Lunatic asylums Punjab 1881-1894 - 1881-1894
Year: 1881
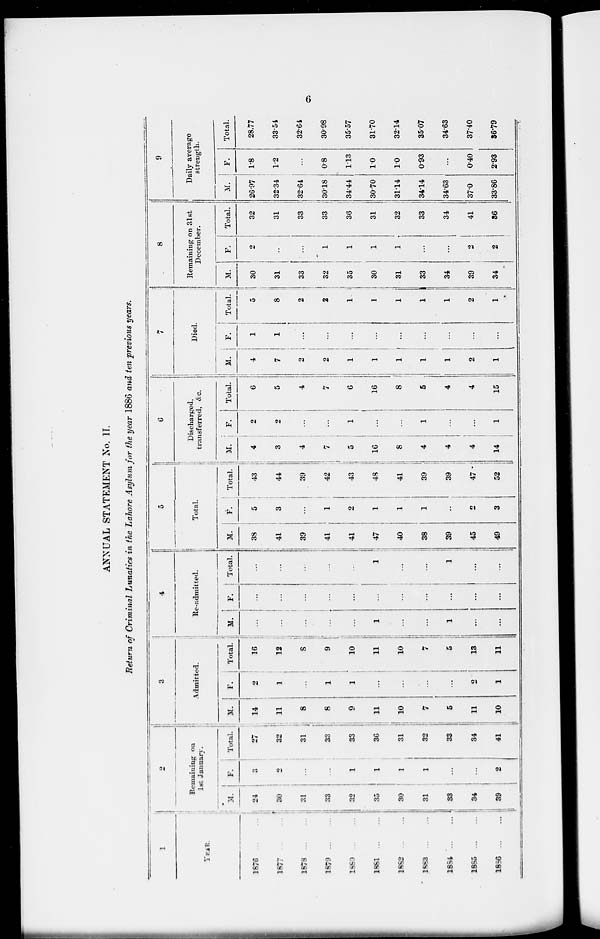
6
ANNUAL STATEMENT No. II.
Return of Criminal Lunatics in the Lahore Asylum for the year 1886 and ten previous years.
1
YEAR.
1876
...
...
1877
...
...
1878
...
...
1879
...
...
1880
...
...
1881 ... ...
1882
...
...
1883
...
...
1884
...
...
1885 ... ...
1886
...
...
2
Remaining on
1st Jaunary.
M.
24
30
31
33
32
35
30
31
33
34
39
F.
3
2
...
...
1
1
1
1
...
...
2
Total.
27
32
31
33
33
36
31
32
33
34
41
3
Admitted.
M.
14
11
8
8
9
11
10
7
5
11
10
F.
2
1
...
1
1
...
...
...
...
2
1
Total.
16
12
8
9
10
11
10
7
5
13
11
4
Re-admitted.
M.
...
...
...
...
...
1
...
...
1
...
...
F.
...
...
...
...
...
...
...
...
...
...
...
Total.
...
...
...
...
...
1
...
...
1
...
...
5
Total.
M.
38
41
39
41
41
47
40
38
39
45
49
F.
5
3
...
1
2
1
1
1
...
2
3
Total.
43
44
39
42
43
48
41
39
39
47
52
6
Discharged,
transferred, &c.
M.
4
3
4
7
5
16
8
4
4
4
14
F.
2
2
...
...
1
...
...
1
...
...
1
Total.
6
5
4
7
6
16
8
5
4
4
15
7
Died.
M.
4
7
2
2
1
1
1
1
1
2
1
F.
1
1
...
...
...
...
...
...
...
...
...
Total.
5
8
2
2
1
1
1
1
1
2
1
8
Remaining on 31st
December.
M.
30
31
33
32
35
30
31
33
34
39
34
F.
2
...
...
1
1
1
1
...
...
2
2
Total.
32
31
33
33
36
31
32
33
34
41
36
9
Daily average
strength.
M.
26.97
32.34
32.64
30.18
34.44
30.70
31.14
34.14
34.63
37.0
33.86
F.
1.8
1.2
...
0.8
1.13
1.0
1.0
0.93
...
0.40
2.93
Total.
28.77
33.54
32.64
30.98
35.57
31.70
32.14
35.07
34.63
37.40
36.79